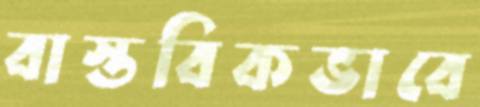
বাস্তবিকভাবে